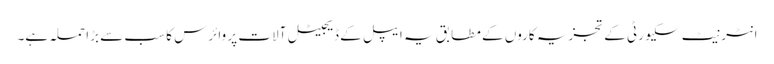
انٹرنیٹ سکیورٹی کے تجزیہ کاروں کے مطابق یہ ایپل کے ڈیجیٹل آلات پر وائرس کا سب سے بڑا حملہ ہے۔